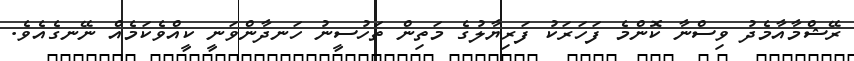
ރޭޝްމާއާމެދު ވިސްނާ ކޮންމެ ފަހަރަކު ފަރިޔާލުގެ މަތިން ތަހުސީނު ހަނދާންވަނީ ކީއްވެކަމެއް ނޭނގެއެވެ.